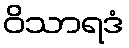
ဝိသာရဒံ